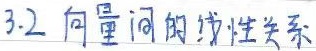
3.2 向量间的线性关系